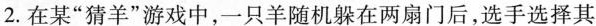
2.在某”猜羊”游戏中，一只羊随机躲在两扇门后，选手选择其